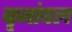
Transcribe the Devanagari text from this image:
बृजांचल